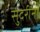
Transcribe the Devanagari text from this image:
सुंदरींना